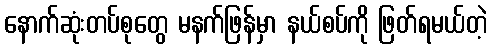
နောက်ဆုံးတပ်စုတွေ မနက်ဖြန်မှာ နယ်စပ်ကို ဖြတ်ရမယ်တဲ့